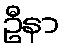
ဦနာ